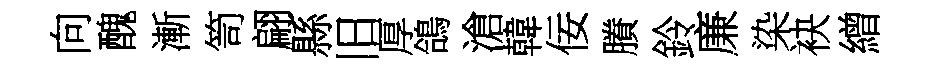
向醜漸笥翩縣旧厚鴿滄韓佞賸鈴廉染袂繒